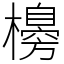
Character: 櫋